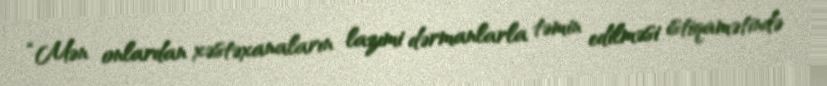
“Mən onlardan xəstəxanaların lazımi dərmanlarla təmin edilməsi istiqamətində